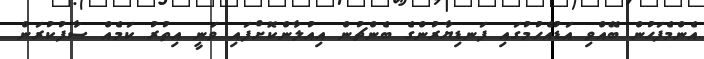
އެންމެފަހުން ބޭއްވި އަޑުއެހުމުގައި ފަނޑިޔާރުންގެ ބެންޗުން އިއުލާންކޮށްފައި ވަނީ އިތުރު ކަމެއް ސާފުކުރަން